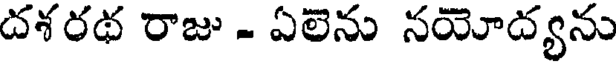
దశరథ రాజు - ఏలెను నయోద్యను